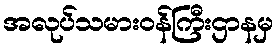
အလုပ်သမားဝန်ကြီးဌာနမှ